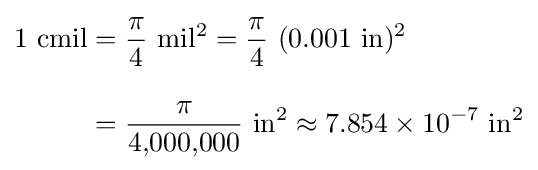
{\begin{aligned}{\rm {1~cmil}}&={\rm {{\frac {\pi }{4}}~mil^{2}={\frac {\pi }{4}}~(0.001~in)^{2}}}\\[2ex]&={\rm {{\frac {\pi }{4{,}000{,}000}}~in^{2}\approx 7.854\times 10^{-7}~in^{2}}}\end{aligned}}